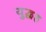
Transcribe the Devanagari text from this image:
युद्धह